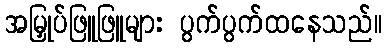
အမြှုပ်ဖြူဖြူများ ပွက်ပွက်ထနေသည်။